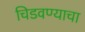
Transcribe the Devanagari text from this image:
चिडवण्याचा